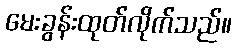
မေးခွန်းထုတ်လိုက်သည်။